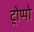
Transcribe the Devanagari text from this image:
ट्रोप्पो